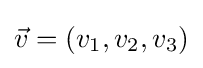
{\vec {v}}=(v_{1},v_{2},v_{3})